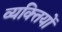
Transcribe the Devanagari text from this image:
व्‍यक्‍ितयों